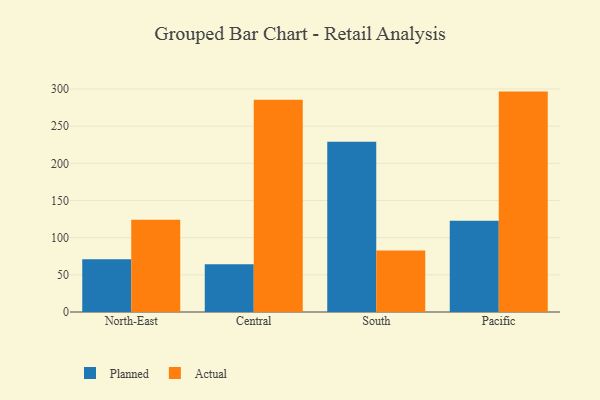
{"axis": {"x": "Region", "y": "Active Users"}, "legend": ["Actual", "Planned"], "data": [{"x": "North-East", "y": 70.9, "type": "Planned"}, {"x": "North-East", "y": 124.0, "type": "Actual"}, {"x": "Central", "y": 64.1, "type": "Planned"}, {"x": "Central", "y": 285.5, "type": "Actual"}, {"x": "South", "y": 229.2, "type": "Planned"}, {"x": "South", "y": 82.8, "type": "Actual"}, {"x": "Pacific", "y": 122.8, "type": "Planned"}, {"x": "Pacific", "y": 296.5, "type": "Actual"}]}